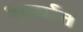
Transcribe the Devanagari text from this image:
शार्यात